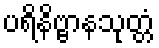
ပရိနိဗ္ဗာနသုတ္တံ